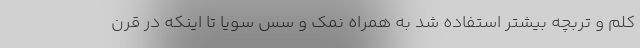
کلم و تربچه بیشتر استفاده شد به همراه نمک و سس سویا تا اینکه در قرن